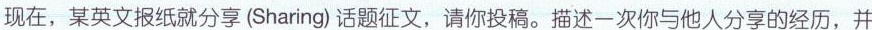
现在，某英文报纸就分享(Sharing)话题征文，请你投稿。描述一次你与他人分享的经历，并